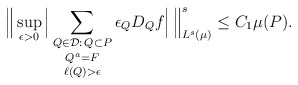
\begin{align*}\Big\| \sup_{\epsilon > 0} \Big| \mathop{\mathop{\sum_{Q \in \mathcal{D}:\, Q \subset P}}_{Q^a = F}}_{\ell(Q) > \epsilon} \epsilon_Q D_Q f \Big|\, \Big\|_{L^s(\mu)}^s \le C_1\mu(P).\end{align*}